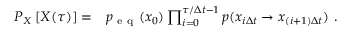
\begin{array} { r l } { P _ { X } \left[ X ( \tau ) \right] = } & { { } p _ { \mathrm { ~ e ~ q ~ } } ( x _ { 0 } ) \prod _ { i = 0 } ^ { \tau / \Delta t - 1 } p ( x _ { i \Delta t } \to x _ { ( i + 1 ) \Delta t } ) \ . } \end{array}